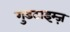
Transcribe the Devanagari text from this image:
गुडटाइम्ज़